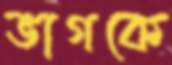
ভাগকে